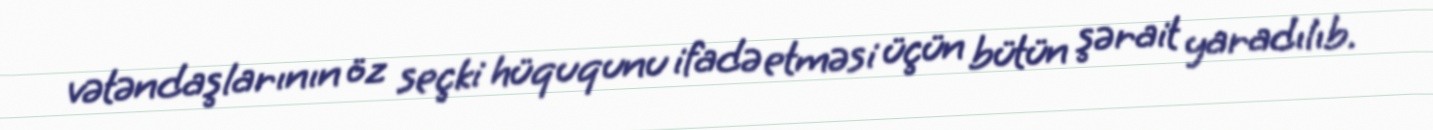
vətəndaşlarının öz seçki hüququnu ifadə etməsi üçün bütün şərait yaradılıb.